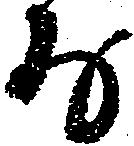
な